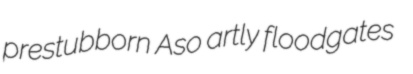
prestubborn Aso artly floodgates